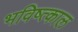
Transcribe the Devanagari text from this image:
भविष्त्काल